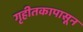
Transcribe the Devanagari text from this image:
गृहीतकापासून